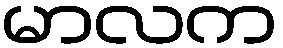
မာလက